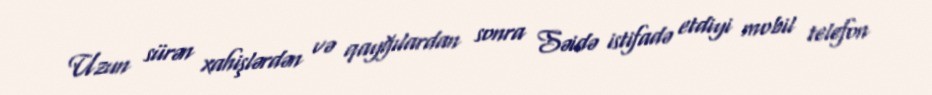
Uzun sürən xahişlərdən və qayğılardan sonra Səidə istifadə etdiyi mobil telefon